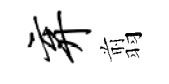
弃翦